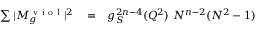
\begin{array} { r l r } { \sum \vert M _ { g } ^ { \mathrm { ~ v ~ i ~ o ~ l ~ } } \vert ^ { 2 } } & { { } = } & { g _ { S } ^ { 2 n - 4 } ( Q ^ { 2 } ) ~ N ^ { n - 2 } ( N ^ { 2 } - 1 ) } \end{array}